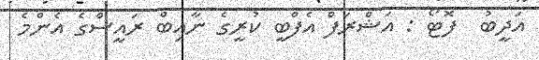
އަދީބު  ފޮޓޯ : އަޝްރަފް އެފްބީ ކުރީގެ ނާއިބް ރައީސްގެ އެންމެ